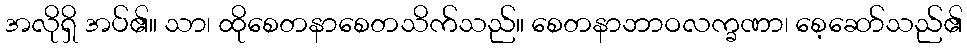
အလိုရှိ အပ်၏။ သာ၊ ထိုစေတနာစေတသိက်သည်။ စေတနာဘာဝလက္ခဏာ၊ စေ့ဆော်သည်၏